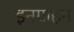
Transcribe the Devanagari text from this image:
इनग्राहम